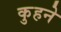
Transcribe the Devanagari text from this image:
कुहने